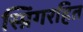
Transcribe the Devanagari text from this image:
स्प्रिंगरहित